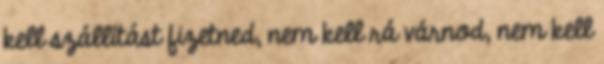
kell szállítást fizetned, nem kell rá várnod, nem kell